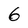
Character: 6